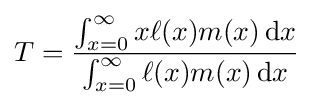
T={\frac {\int _{x=0}^{\infty }x\ell (x)m(x)\,\mathrm {d} x}{\int _{x=0}^{\infty }\ell (x)m(x)\,\mathrm {d} x}}